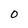
Character: 0